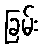
ခြမ်း